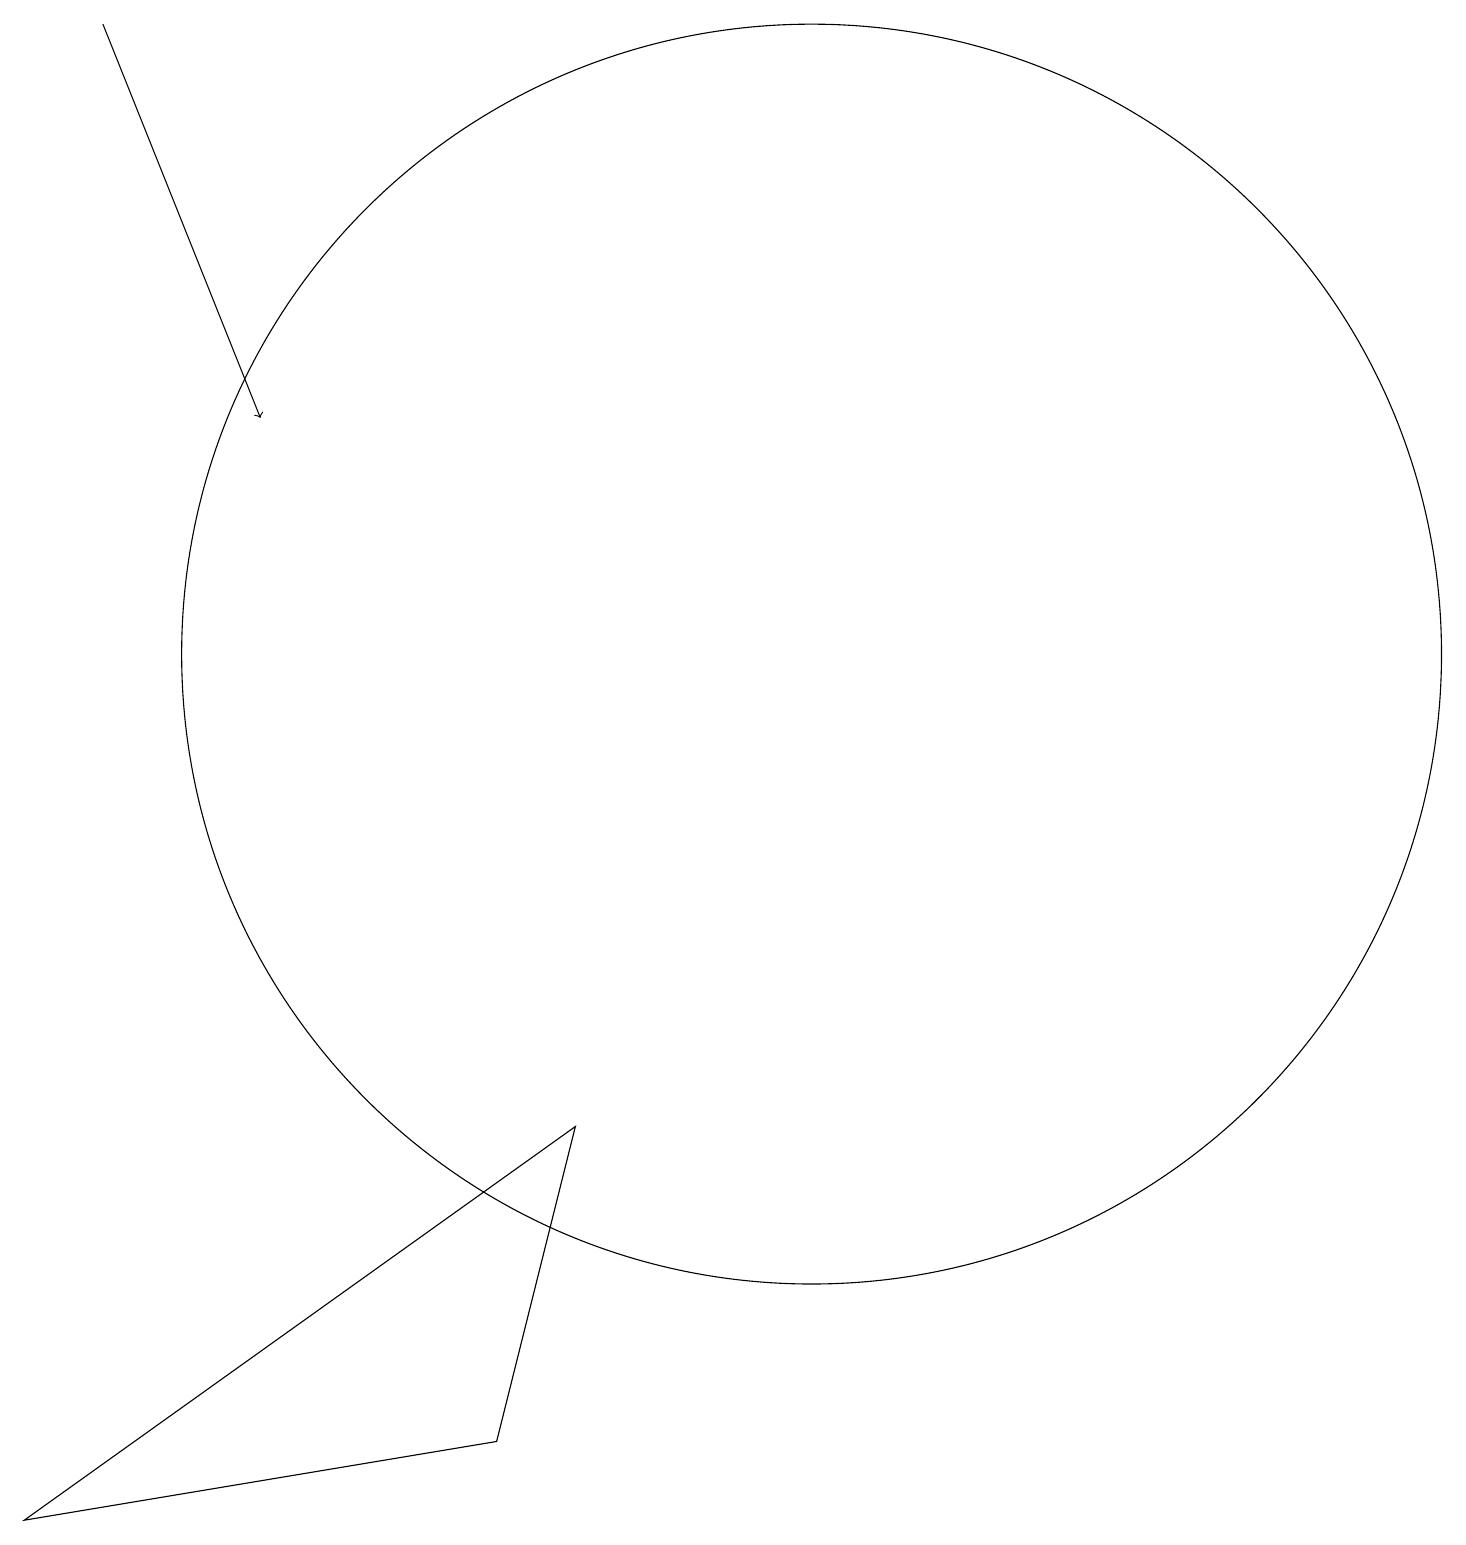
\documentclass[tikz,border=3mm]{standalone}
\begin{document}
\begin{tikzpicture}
\draw (10,11) circle (8);
\draw (6,1) -- (0,0) -- (7,5) -- cycle;
\draw[->] (1,19) -- (3,14);
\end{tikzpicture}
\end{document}